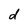
Character: d